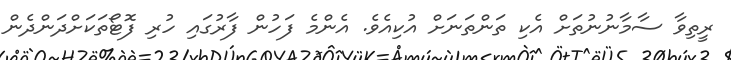
ރީތިވާ ސާމާނުނުތަށް އެކި ތަންތަނަށް އުކިއެވެ. އެންމެ ފަހުން ފާރުގައި ހުރި ފޮޓޯތަކަށްދަންދެން